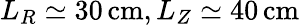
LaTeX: L_{R}\simeq 30\, \textrm{cm},L_{Z}\simeq 40\, \textrm{cm}